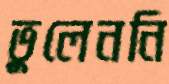
ভুলেননি